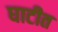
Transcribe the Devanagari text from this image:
घाटीत